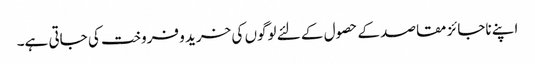
اپنے ناجائز مقاصد کے حصول کے لئے لوگوں کی خرید و فروخت کی جاتی ہے۔